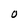
Character: O